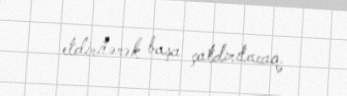
etdirilərək başa çatdırılacaq.